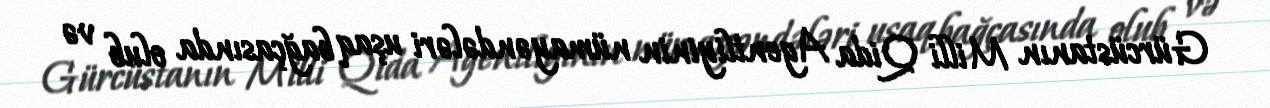
Gürcüstanın Milli Qida Agentliyinin nümayəndələri uşaq bağçasında olub və